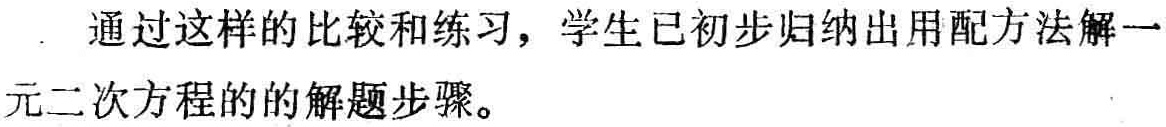
通过这样的比较和练习，学生已初步归纳出用配方法解一元二次方程的的解题步骤。